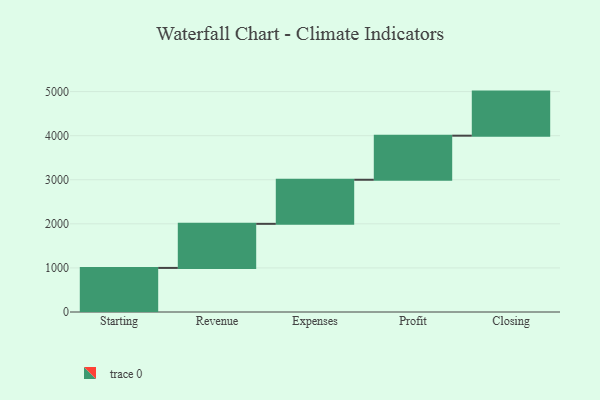
{"axis": {"x": "Step", "y": "Value"}, "legend": [""], "data": [{"x": "Starting", "y": 1000, "type": ""}, {"x": "Revenue", "y": 1000, "type": ""}, {"x": "Expenses", "y": 1000, "type": ""}, {"x": "Profit", "y": 1000, "type": ""}, {"x": "Closing", "y": 1000, "type": ""}]}